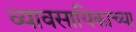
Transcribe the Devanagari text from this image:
व्यावसायिकाच्या